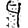
Digit: 4